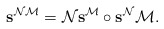
\begin{align*}{\bf s}^{\mathcal N\mathcal M}=\mathcal N{\bf s}^{\mathcal M}\circ{\bf s}^{\mathcal N}\mathcal M.\end{align*}